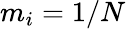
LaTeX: m_{i}=1/N